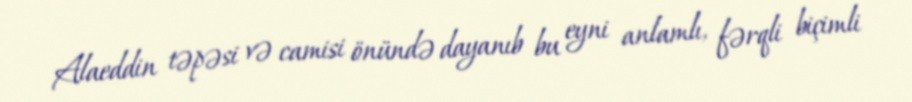
Alaeddin təpəsi və camisi önündə dayanıb bu eyni anlamlı, fərqli biçimli